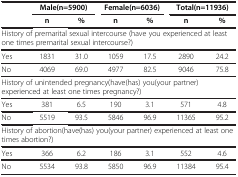
<table><thead><tr><td rowspan="2">[EMPTY_CELL]</td><td colspan="2"><b>Male(n=5900)</b></td><td colspan="2"><b>Female(n=6036)</b></td><td colspan="2"><b>Total(n=11936)</b></td></tr><tr><td><b>n</b></td><td><b>%</b></td><td><b>n</b></td><td><b>%</b></td><td><b>n</b></td><td><b>%</b></td></tr></thead><tbody><tr><td colspan="7">History of premarital sexual intercourse (have you experienced at least one times premarital sexual intercourse?)</td></tr><tr><td>Yes</td><td>1831</td><td>31.0</td><td>1059</td><td>17.5</td><td>2890</td><td>24.2</td></tr><tr><td>No</td><td>4069</td><td>69.0</td><td>4977</td><td>82.5</td><td>9046</td><td>75.8</td></tr><tr><td colspan="7">History of unintended pregnancy(have(has) you(your partner) experienced at least one times pregnancy?)</td></tr><tr><td>Yes</td><td>381</td><td>6.5</td><td>190</td><td>3.1</td><td>571</td><td>4.8</td></tr><tr><td>No</td><td>5519</td><td>93.5</td><td>5846</td><td>96.9</td><td>11365</td><td>95.2</td></tr><tr><td colspan="7">History of abortion(have(has) you(your partner) experienced at least one times abortion?)</td></tr><tr><td>Yes</td><td>366</td><td>6.2</td><td>186</td><td>3.1</td><td>552</td><td>4.6</td></tr><tr><td>No</td><td>5534</td><td>93.8</td><td>5850</td><td>96.9</td><td>11384</td><td>95.4</td></tr></tbody></table>